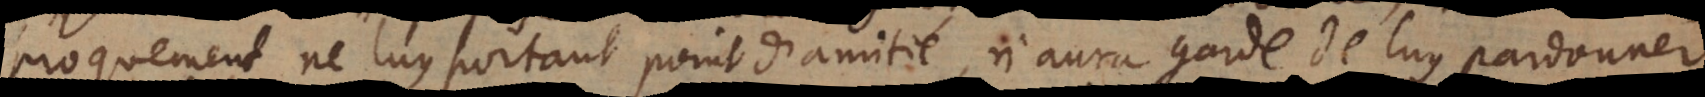
proquement ne luy portant point d’amitié, n’aura garde de luy pardonner